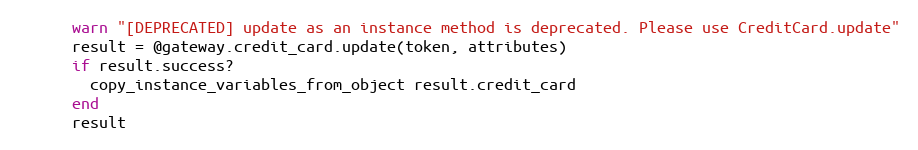
Language: Ruby
      warn "[DEPRECATED] update as an instance method is deprecated. Please use CreditCard.update"
      result = @gateway.credit_card.update(token, attributes)
      if result.success?
        copy_instance_variables_from_object result.credit_card
      end
      result